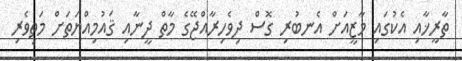
ތާރީޚާއި އެކުގައި މާޒީއަށް އެނބުރި ގޮސް ދިވެހިރާއްޖޭގެ މާތް ދީނާއި ޤައުމިއްޔަތަށް މަތިވެރި